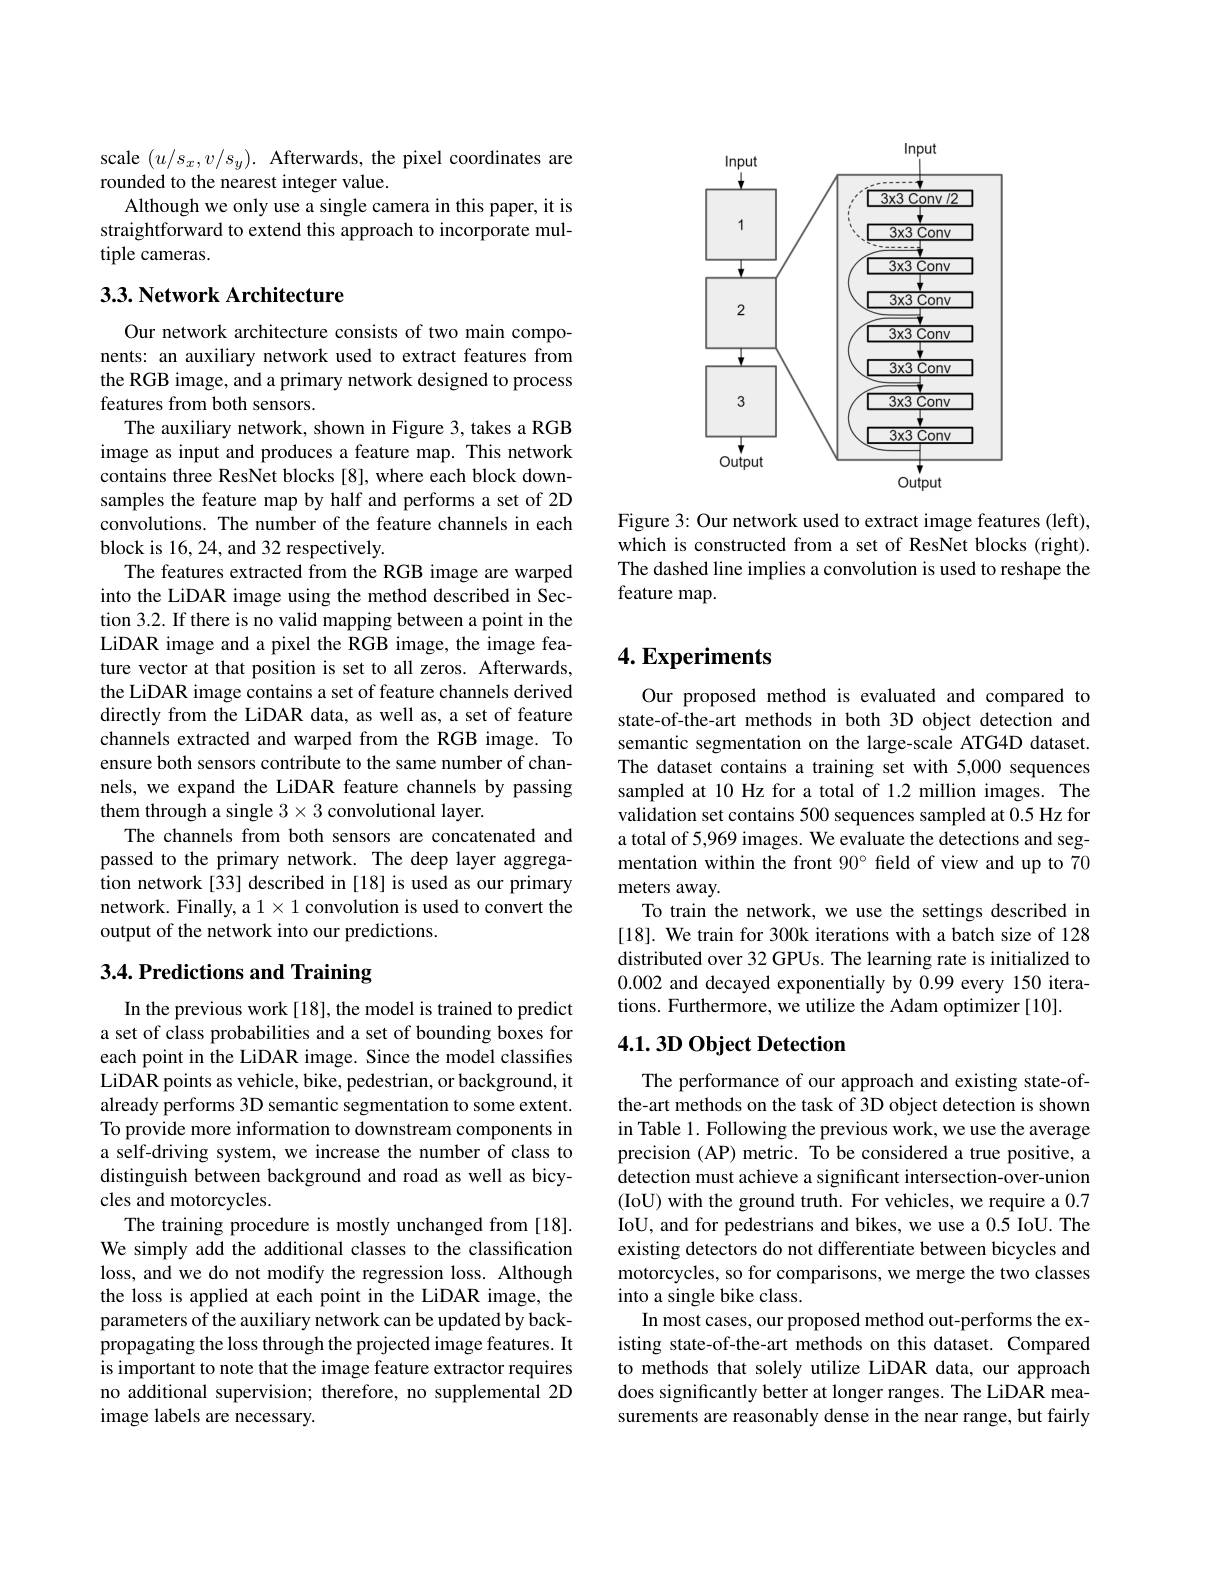
scale $(u/s_x,v/s_y).$ Afterwards, the pixel coordinates are
rounded to the nearest integer value.
Although we only use a single camera in this paper, it is straightforward to extend this approach to incorporate multiple cameras.

## 3.3. Network Architecture

Our network architecture consists of two main components: an auxiliary network used to extract features from the RGB image, and a primary network designed to process features from both sensors.
The auxiliary network, shown in Figure 3, takes a RGB image as input and produces a feature map. This network contains three ResNet blocks [8], where each block downsamples the feature map by half and performs a set of 2D convolutions. The number of the feature channels in each block is 16,24, and 32 respectively.
The features extracted from the RGB image are warped into the LiDAR image using the method described in Section 3.2. If there is no valid mapping between a point in the LiDAR image and a pixel the RGB image, the image feature vector at that position is set to all zeros. Afterwards, the LiDAR image contains a set of feature channels derived directly from the LiDAR data, as well as, a set of feature channels extracted and warped from the RGB image. To ensure both sensors contribute to the same number of channels, we expand the LiDAR feature channels by passing them through a single 3× 3 convolutional layer.
The channels from both sensors are concatenated and passed to the primary network. The deep layer aggregation network [33] described in [18] is used as our primary network. Finally, a $1\times1$ convolution is used to convert the output of the network into our predictions.

## 3.4. Predictions and Training

In the previous work[18], the model is trained to predict a set of class probabilities and a set of bounding boxes for each point in the LiDAR image. Since the model classifies LiDAR points as vehicle, bike, pedestrian, or background, it already performs 3D semantic segmentation to some extent. To provide more information to downstream components in a self-driving system, we increase the number of class to distinguish between background and road as well as bicycles and motorcycles.
The training procedure is mostly unchanged from [18]. We simply add the additional classes to the classification loss, and we do not modify the regression loss. Although the loss is applied at each point in the LiDAR image, the parameters of the auxiliary network can be updated by backpropagating the loss through the projected image features. It is important to note that the image feature extractor requires no additional supervision; therefore, no supplemental 2D image labels are necessary.

<FigureHere>

Figure 3: Our network used to extract image features (left), which is constructed from a set of ResNet blocks (right). The dashed line implies a convolution is used to reshape the feature map.

## $4. \textbf{Experiments}$

Our proposed method is evaluated and compared to state-of-the-art methods in both 3D object detection and semantic segmentation on the large-scale ATG4D dataset. The dataset contains a training set with 5,000 sequences sampled at 10 Hz for a total of 1.2 million images. The validation set contains 500 sequences sampled at 0.5 Hz for a total of 5,969 images. We evaluate the detections and segmentation within the front 90° field of view and up to 70 meters away.
To train the network, we use the settings described in [18]. We train for 300k iterations with a batch size of 128 distributed over 32 GPUs. The learning rate is initialized to 0.002 and decayed exponentially by 0.99 every 150 iterations. Furthermore, we utilize the Adam optimizer [10].

## 4.1. 3D Object Detection

The performance of our approach and existing state-ofthe-art methods on the task of 3D object detection is shown in Table 1. Following the previous work, we use the average precision (AP) metric. To be considered a true positive, a detection must achieve a significant intersection-over-union (IoU) with the ground truth. For vehicles, we require a 0.7 IoU, and for pedestrians and bikes, we use a 0.5 IoU. The existing detectors do not differentiate between bicycles and motorcycles, so for comparisons, we merge the two classes into a single bike class.
In most cases, our proposed method out-performs the existing state-of-the-art methods on this dataset. Compared to methods that solely utilize LiDAR data, our approach does significantly better at longer ranges. The LiDAR measurements are reasonably dense in the near range, but fairly